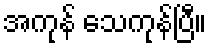
အကုန် သေကုန်ပြီ။